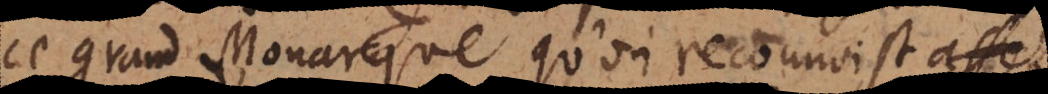
ce grand Monarque qu’on reconnoist